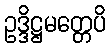
ဥဒ္ဒိဋ္ဌမတ္တေပိ